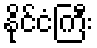
နိုင်ငံကြီး